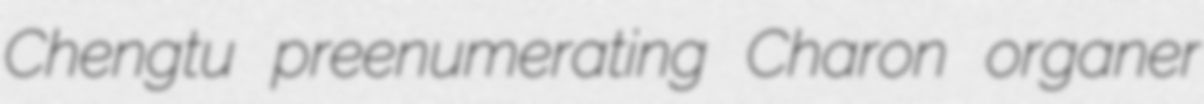
Chengtu preenumerating Charon organer